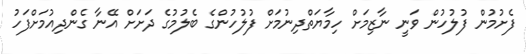
ފެށުމުން ފުލުހުން ވަނީ ނާޒިމަށް ހިމާޔަތްދިނުމަށް ފުލުހުންގެ ބެލުމުގެ ދަށަށް އޭނާ ގެންދިއުމަށްފަހު